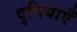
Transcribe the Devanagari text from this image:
दुनियाएँ